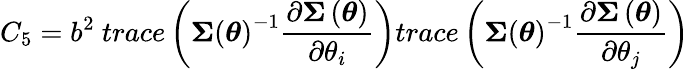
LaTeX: C_{5}=b^{2}\mathrm{~}trace\left(\boldsymbol{\Sigma}\left(\boldsymbol{\theta}\right)^{-1}\frac{\partial\boldsymbol{\Sigma}\left(\boldsymbol{\theta}\right)}{\partial\theta_{i}}\right)trace\left(\boldsymbol{\Sigma}\left(\boldsymbol{\theta}\right)^{-1}\frac{\partial\boldsymbol{\Sigma}\left(\boldsymbol{\theta}\right)}{\partial\theta_{j}}\right)